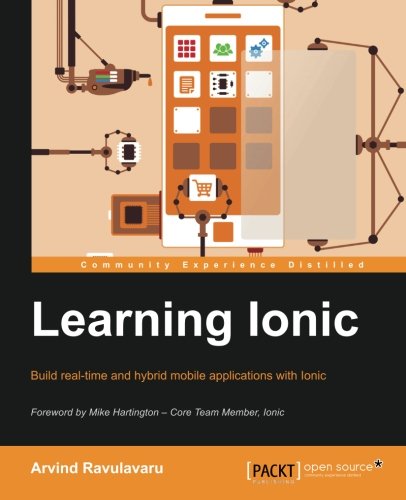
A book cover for Learning Ionic - Build Hybrid Mobile Applications with HTML5; Arvind Ravulavaru; Computers & Technology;